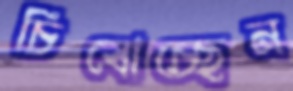
চিবোচ্ছেন